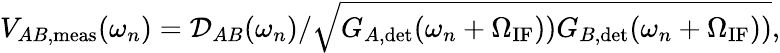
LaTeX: V_{AB,\mathrm{meas}}(\omega_{n})=\mathcal{D}_{AB}(\omega_{n})/\sqrt{G_{A,\mathrm{det}}(\omega_{n}+\Omega_{\mathrm{IF}}))G_{B,\mathrm{det}}(\omega_{n}+\Omega_{\mathrm{IF}}))},